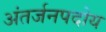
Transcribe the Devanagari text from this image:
अंतर्जनपदोय